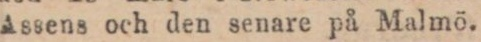
Assens och den senare på Malmö.